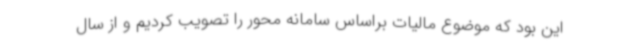
این بود که موضوع مالیات براساس سامانه محور را تصویب کردیم و از سال